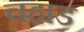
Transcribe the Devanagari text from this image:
चहाड